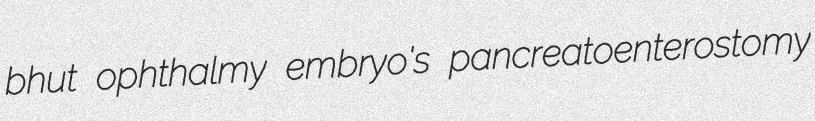
bhut ophthalmy embryo's pancreatoenterostomy